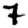
Digit: 7